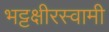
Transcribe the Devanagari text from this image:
भट्टक्षीरस्वामी